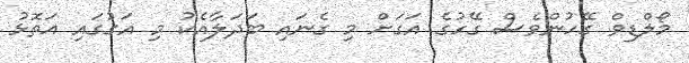
މޯލްޑިވް ގޭހުންވެސް ގޭހުގެ އަގަށް މި ގެނައި ބަދަލާއެކު މި އަގުގައި އަތޮޅު